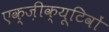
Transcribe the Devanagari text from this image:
एक्ज़ीक्यूटिवों